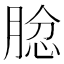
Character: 𦝅